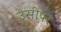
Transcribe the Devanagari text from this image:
उसीपर